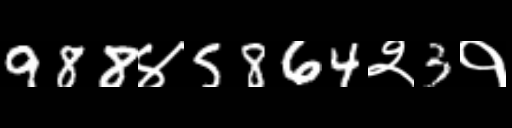
Text: 988४5864२3१